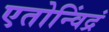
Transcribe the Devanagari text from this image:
एतोन्विंद्रं